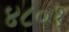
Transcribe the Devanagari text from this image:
४८०१